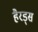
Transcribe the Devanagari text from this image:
हैरड्स